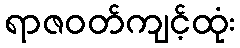
ရာဇဝတ်ကျင့်ထုံး